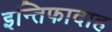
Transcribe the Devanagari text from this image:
इन्तिफादाह